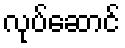
လုပ်ဆောင်